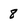
Character: 8